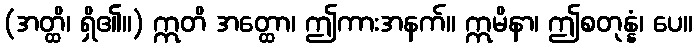
(အတ္ထိ၊ ရှိ၏။) ဣတိ အတ္ထော၊ ဤကားအနက်။ ဣမိနာ၊ ဤစတုန္နံ၊ ပေ။